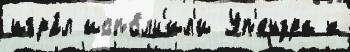
игра́л испо́лн'ил'и Уп'ендра к